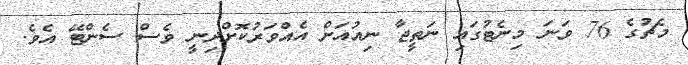
މެޗުގެ 76 ވަނަ މިނެޓުގައި ނަތީޖާ ނިއުއަށް އެއްވަރުކޮށްދިނީ ވެސް ސެންޓޭ އެވެ.